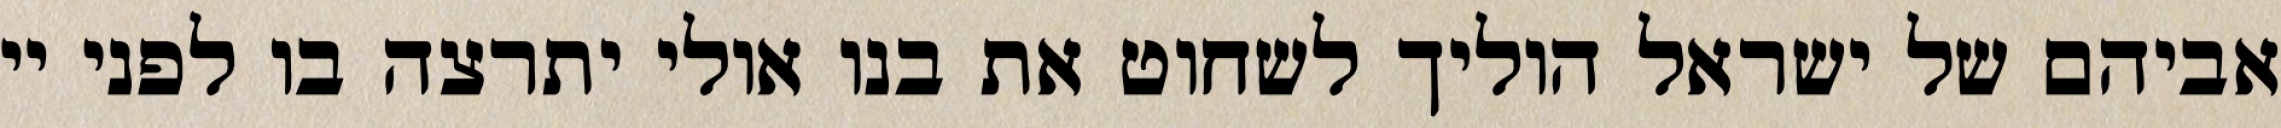
אביהם של ישראל הוליך לשחוט את בנו אולי יתרצה בו לפני יי